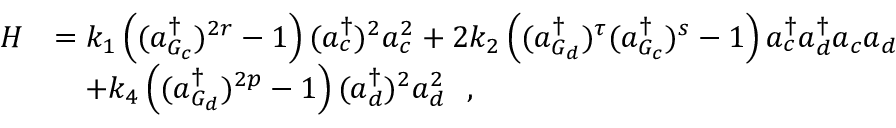
\begin{array} { r l } { H } & { = k _ { 1 } \left( ( a _ { G _ { c } } ^ { \dagger } ) ^ { 2 r } - 1 \right) ( a _ { c } ^ { \dagger } ) ^ { 2 } a _ { c } ^ { 2 } + 2 k _ { 2 } \left( ( a _ { G _ { d } } ^ { \dagger } ) ^ { \tau } ( a _ { G _ { c } } ^ { \dagger } ) ^ { s } - 1 \right) a _ { c } ^ { \dagger } a _ { d } ^ { \dagger } a _ { c } a _ { d } } \\ & { \quad + k _ { 4 } \left( ( a _ { G _ { d } } ^ { \dagger } ) ^ { 2 p } - 1 \right) ( a _ { d } ^ { \dagger } ) ^ { 2 } a _ { d } ^ { 2 } ~ ~ , } \end{array}